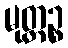
မုတ္တဉ္စ